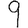
Digit: 9